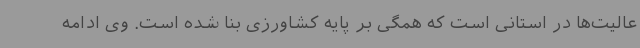
عالیت‌ها در استانی است که همگی بر پایه کشاورزی بنا شده است. وی ادامه